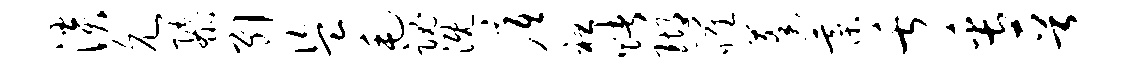
淡允隳引盗毛魂溉底袒赌瑚罹蓬綦舌缶晋